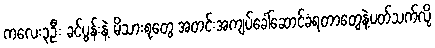
ကလေး၃ဦး ခင်ပွန်းနဲ့ မိသားစုတွေ အတင်းအကျပ်ခေါ်ဆောင်ခံရတာတွေနဲ့ပတ်သက်လို့